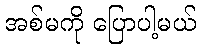
အစ်မကို ပြောပါ့မယ်